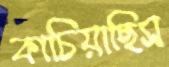
কাচিয়াছিস